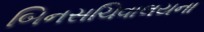
બિનસચિવાલયના